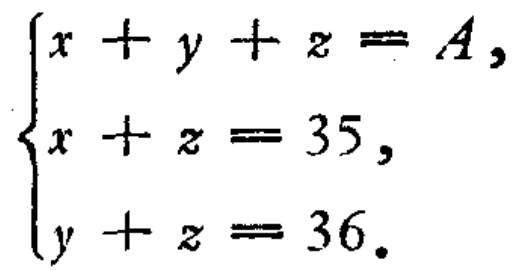
$\begin{cases}

x + y + z = A,\\

x + z = 35,\\

y + z = 36.

\end{cases}$